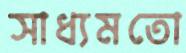
সাধ্যমতো